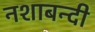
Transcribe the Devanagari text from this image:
नशाबन्दी